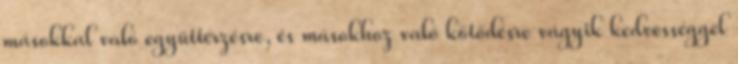
másokkal való együttérzésre, és másokhoz való kötődésre vágyik kedvességgel